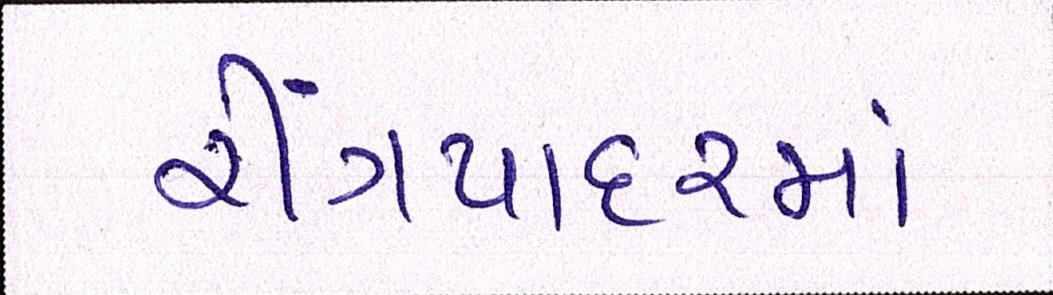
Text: રીંગપાદરમાં